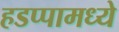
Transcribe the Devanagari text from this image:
हडप्पामध्ये